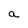
Character: a